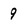
Character: 9